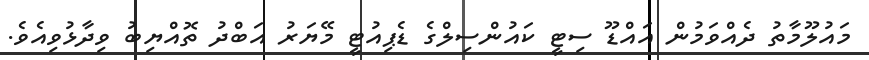
މައުލޫމާތު ދެއްވަމުން އައްޑޫ ސިޓީ ކައުންސިލްގެ ޑެޕިއުޓީ މޭޔަރު އަބްދު ތޮއްޔިބު ވިދާޅުވިއެވެ.